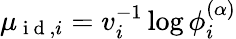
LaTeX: \mu_{\mathrm{~i~d~},i}=v_{i}^{-1}\log\phi_{i}^{(\alpha)}